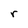
Character: r